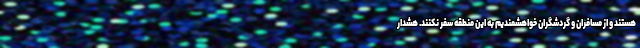
هستند و از مسافران و گردشگران خواهشمندیم به این منطقه سفر نکنند. هشدار